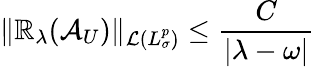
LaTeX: \Vert\mathbb{R}_{\lambda}(\mathcal{{A}}_{U})\Vert_{\mathcal{{L}}(L_{\sigma}^{p})}\leq\frac{{C}}{{|\lambda-\omega|}}